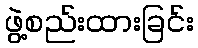
ဖွဲ့စည်းထားခြင်း